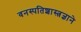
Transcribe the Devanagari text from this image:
वनस्पतिशास्त्रज्ञाने